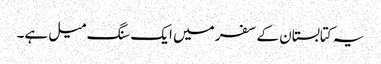
یہ کتابستان کے سفر میں ایک سنگ میل ہے۔